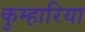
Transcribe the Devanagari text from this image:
कुम्हारिया